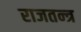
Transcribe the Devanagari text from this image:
राजतन्‍त्र